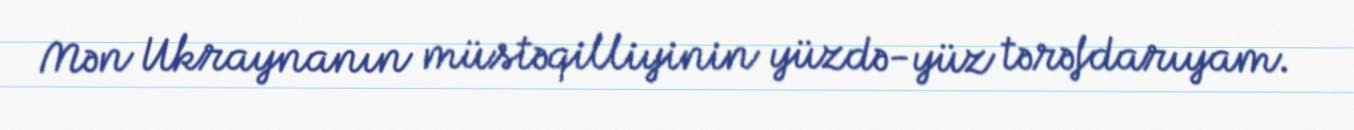
Mən Ukraynanın müstəqilliyinin yüzdə-yüz tərəfdarıyam.